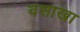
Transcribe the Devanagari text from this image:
वसाखा